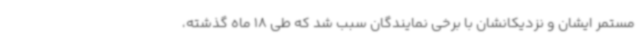
مستمر ایشان و نزدیکانشان با برخی نمایندگان سبب شد که طی 18 ماه گذشته،